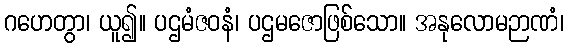
ဂဟေတွာ၊ ယူ၍။ ပဌမံဇဝနံ၊ ပဌမဇောဖြစ်သော။ အနုလောမဉာဏံ၊